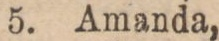
5. Amanda,